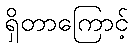
ရှိတာကြောင့်